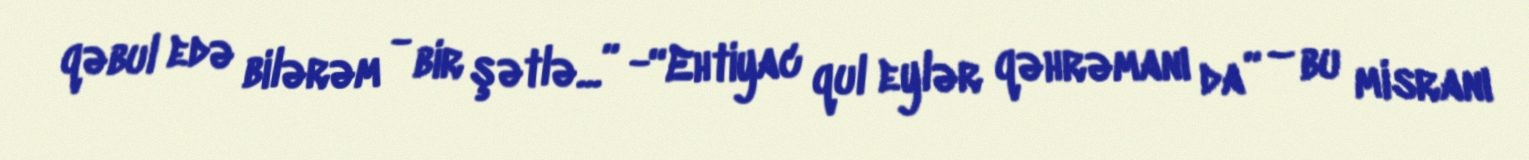
qəbul edə bilərəm - bir şətlə...” -“Ehtiyac qul eylər qəhrəmanı da” – bu misranı